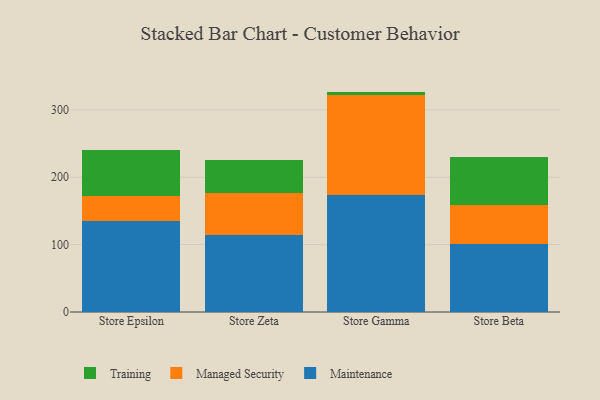
{"axis": {"x": "Store", "y": "Operating Costs (USD K)"}, "legend": ["Maintenance", "Managed Security", "Training"], "data": [{"x": "Store Epsilon", "y": 135.5, "type": "Maintenance"}, {"x": "Store Epsilon", "y": 37.0, "type": "Managed Security"}, {"x": "Store Epsilon", "y": 68.1, "type": "Training"}, {"x": "Store Zeta", "y": 114.5, "type": "Maintenance"}, {"x": "Store Zeta", "y": 61.9, "type": "Managed Security"}, {"x": "Store Zeta", "y": 48.9, "type": "Training"}, {"x": "Store Gamma", "y": 173.3, "type": "Maintenance"}, {"x": "Store Gamma", "y": 148.3, "type": "Managed Security"}, {"x": "Store Gamma", "y": 5.5, "type": "Training"}, {"x": "Store Beta", "y": 101.0, "type": "Maintenance"}, {"x": "Store Beta", "y": 58.2, "type": "Managed Security"}, {"x": "Store Beta", "y": 70.5, "type": "Training"}]}